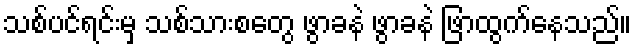
သစ်ပင်ရင်းမှ သစ်သားစတွေ ဖွာခနဲ ဖွာခနဲ ဖြာထွက်နေသည်။